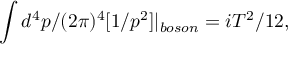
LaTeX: \int d ^ { 4 } p / ( 2 \pi ) ^ { 4 } [ 1 / p ^ { 2 } ] | _ { b o s o n } = i T ^ { 2 } / 1 2 ,